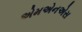
એમએનએસ